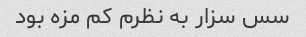
سس سزار به نظرم کم مزه بود